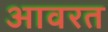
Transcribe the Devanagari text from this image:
आवरत